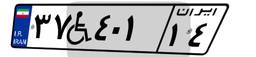
۳۷W۴۰۱۱۴